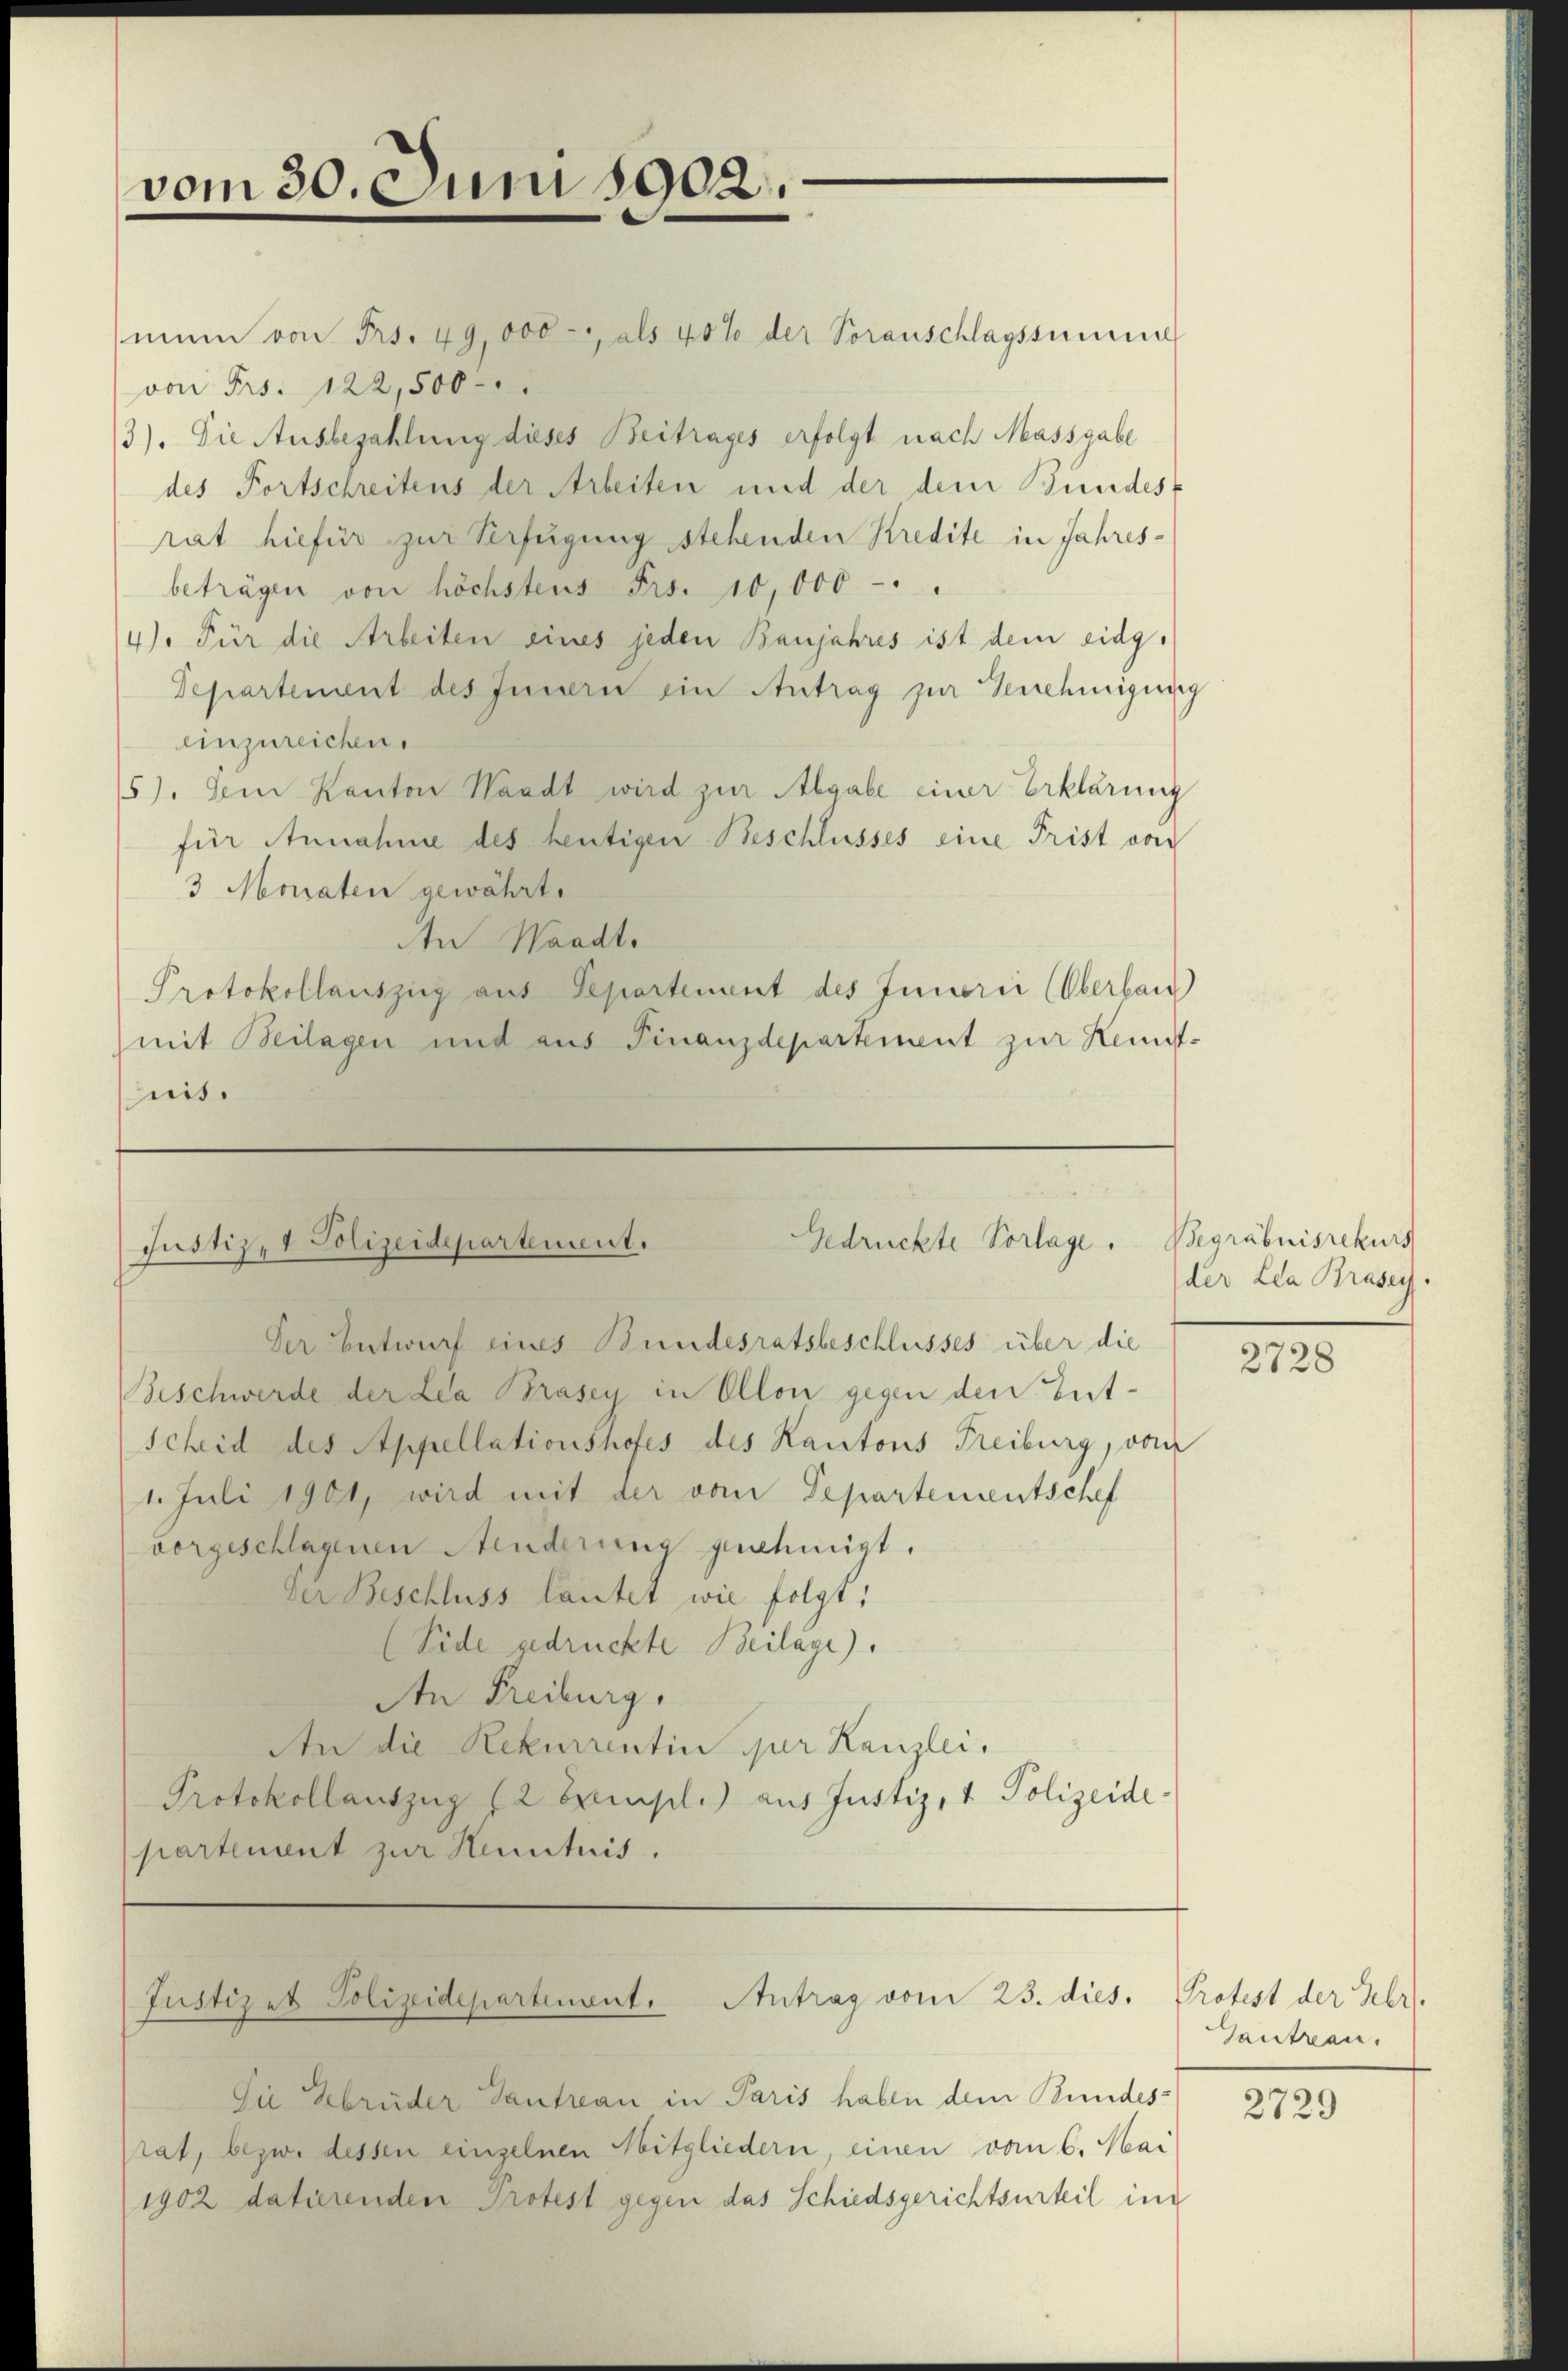
vom 30. Juni 1902.

Gedrückte Vorlage.
Justiz- & Polizeidepartement.

Justizet Polizeidepartement. Antrag vom 23. dies. Protest der Her

Die Gebrüder Tantreau in Paris haben dem Bundes-
rat, bezw. dessen einzelnen Mitgliedern, einen vom 6. Mai
1902 datierenden Protest gegen das Schiedsgerichtsurteil in

mam von Frs. 49,000 - als 40% der Voranschlagssumme
von Frs. 122,500
3). Die Ausbezahlung dieses Beitrages erfolgt nach Massgabe
des Fortschreitens der Arbeiten und der dem Bundess
rat hiefür zur Verfügung stehenden Kredite in Jahresbeträgen von höchstens Frs. 10,000 -
4). Für die Arbeiten eines jeden Banjahres ist dem eidg¬
Departement des Innern ein Antrag zur Vernehmigung
einzureichen.
5). Dem Kanton Waadt wird zur Abgabe einer Erklärung
für Annahme des heutigen Beschlusses eine Frist von
3 Monaten gewährt.
An Waadt.
Protokollauszug aus Departement des Innerii (Oberbau
mit Beilagen und aus Finanzdepartement zur Kenntnis.

Der Entwurf eines Bundesratsbeschlusses über die
Beschwerde der Lea Brasey in Ollon gegen den Ent¬
Scheid des Appellationshofes des Kantons Freiburg, von
1. Juli 1901, wird mit der vom Departementschef
vorgeschlagenen Aenderung genehmigt.
Der Beschluss lautet wie folgt;
(Eide gedruckte Beilage).
An Freiburg,
An die Rekurrentin per Kanzlei,
Protokollauszug (2 Exempl. aus Justiz, 1 Polizeide-
partement zur Henntnis.

Begräbnisrekurs
der Lea Brasey.

2728

Tantran.

2729